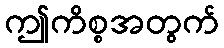
ဤကိစ္စအတွက်